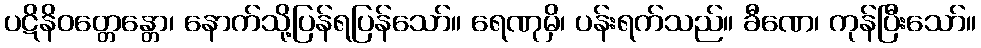
ပဋိနိဝတ္တေန္တော၊ နောက်သို့ပြန်ရပြန်သော်။ ရေဏုမှိ၊ ပန်းရက်သည်။ ခီဏေ၊ ကုန်ပြီးသော်။